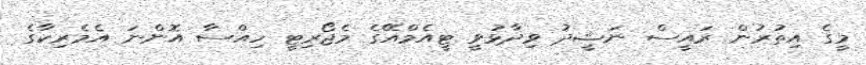
މީގެ އިތުރުން ރައީސް ނަޝީދު ވިދާޅުވީ ޓީއެމްއޭގެ މެޖޯރިޓީ ހިއްސާ އޮންނަ އެމެރިކާގެ